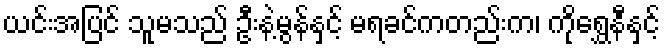
ယင်းအပြင် သူမသည် ဦးနဲ့မွန်နှင့် မရခင်ကတည်းက၊ ကိုရွှေနီနှင့်